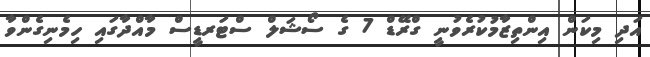
އަދި މިކަން އިންތިޒާމުކުރެވުނީ ގްރޭޑް 7 ގެ ސޯޝަލް ސްޓަރޑީސް މާއްދާގައި ހިމެނިގެންވާ